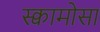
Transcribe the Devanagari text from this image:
स्क्वामोसा